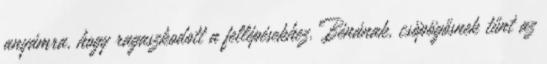
anyámra, hogy ragaszkodott a fellépésekhez. Bénának, csöpögősnek tűnt az